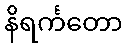
နိရင်္ကတော